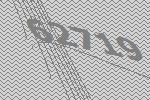
62719